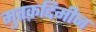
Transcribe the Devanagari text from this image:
मुतक़द्दिमीन